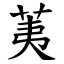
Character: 荑